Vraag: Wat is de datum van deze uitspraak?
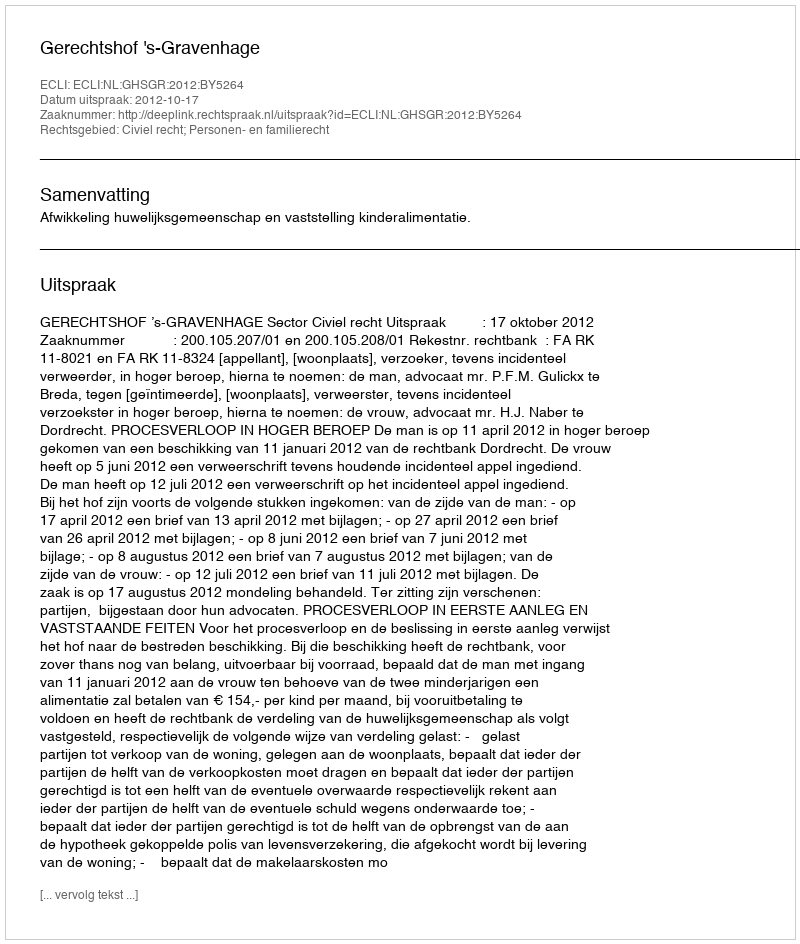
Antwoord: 2012-10-17